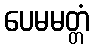
ပေမမတ္တံ